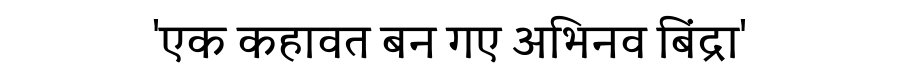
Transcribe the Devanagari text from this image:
'एक कहावत बन गए अभिनव बिंद्रा'